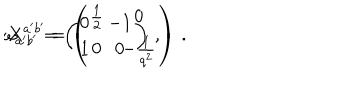
LaTeX: \omega _ { a ^ { \prime } b ^ { \prime } } = \left( \begin{array} { c c } { { 0 } } & { { - 1 } } \\ { { 1 } } & { { 0 } } \\ \end{array} \right) \, , \hspace { 1 c m } X ^ { a ^ { \prime } b ^ { \prime } } = \left( \begin{array} { c c } { { \frac { 1 } { 2 } } } & { { 0 } } \\ { { 0 } } & { { - \frac { 1 } { q ^ { 2 } } } } \\ \end{array} \right) \, .